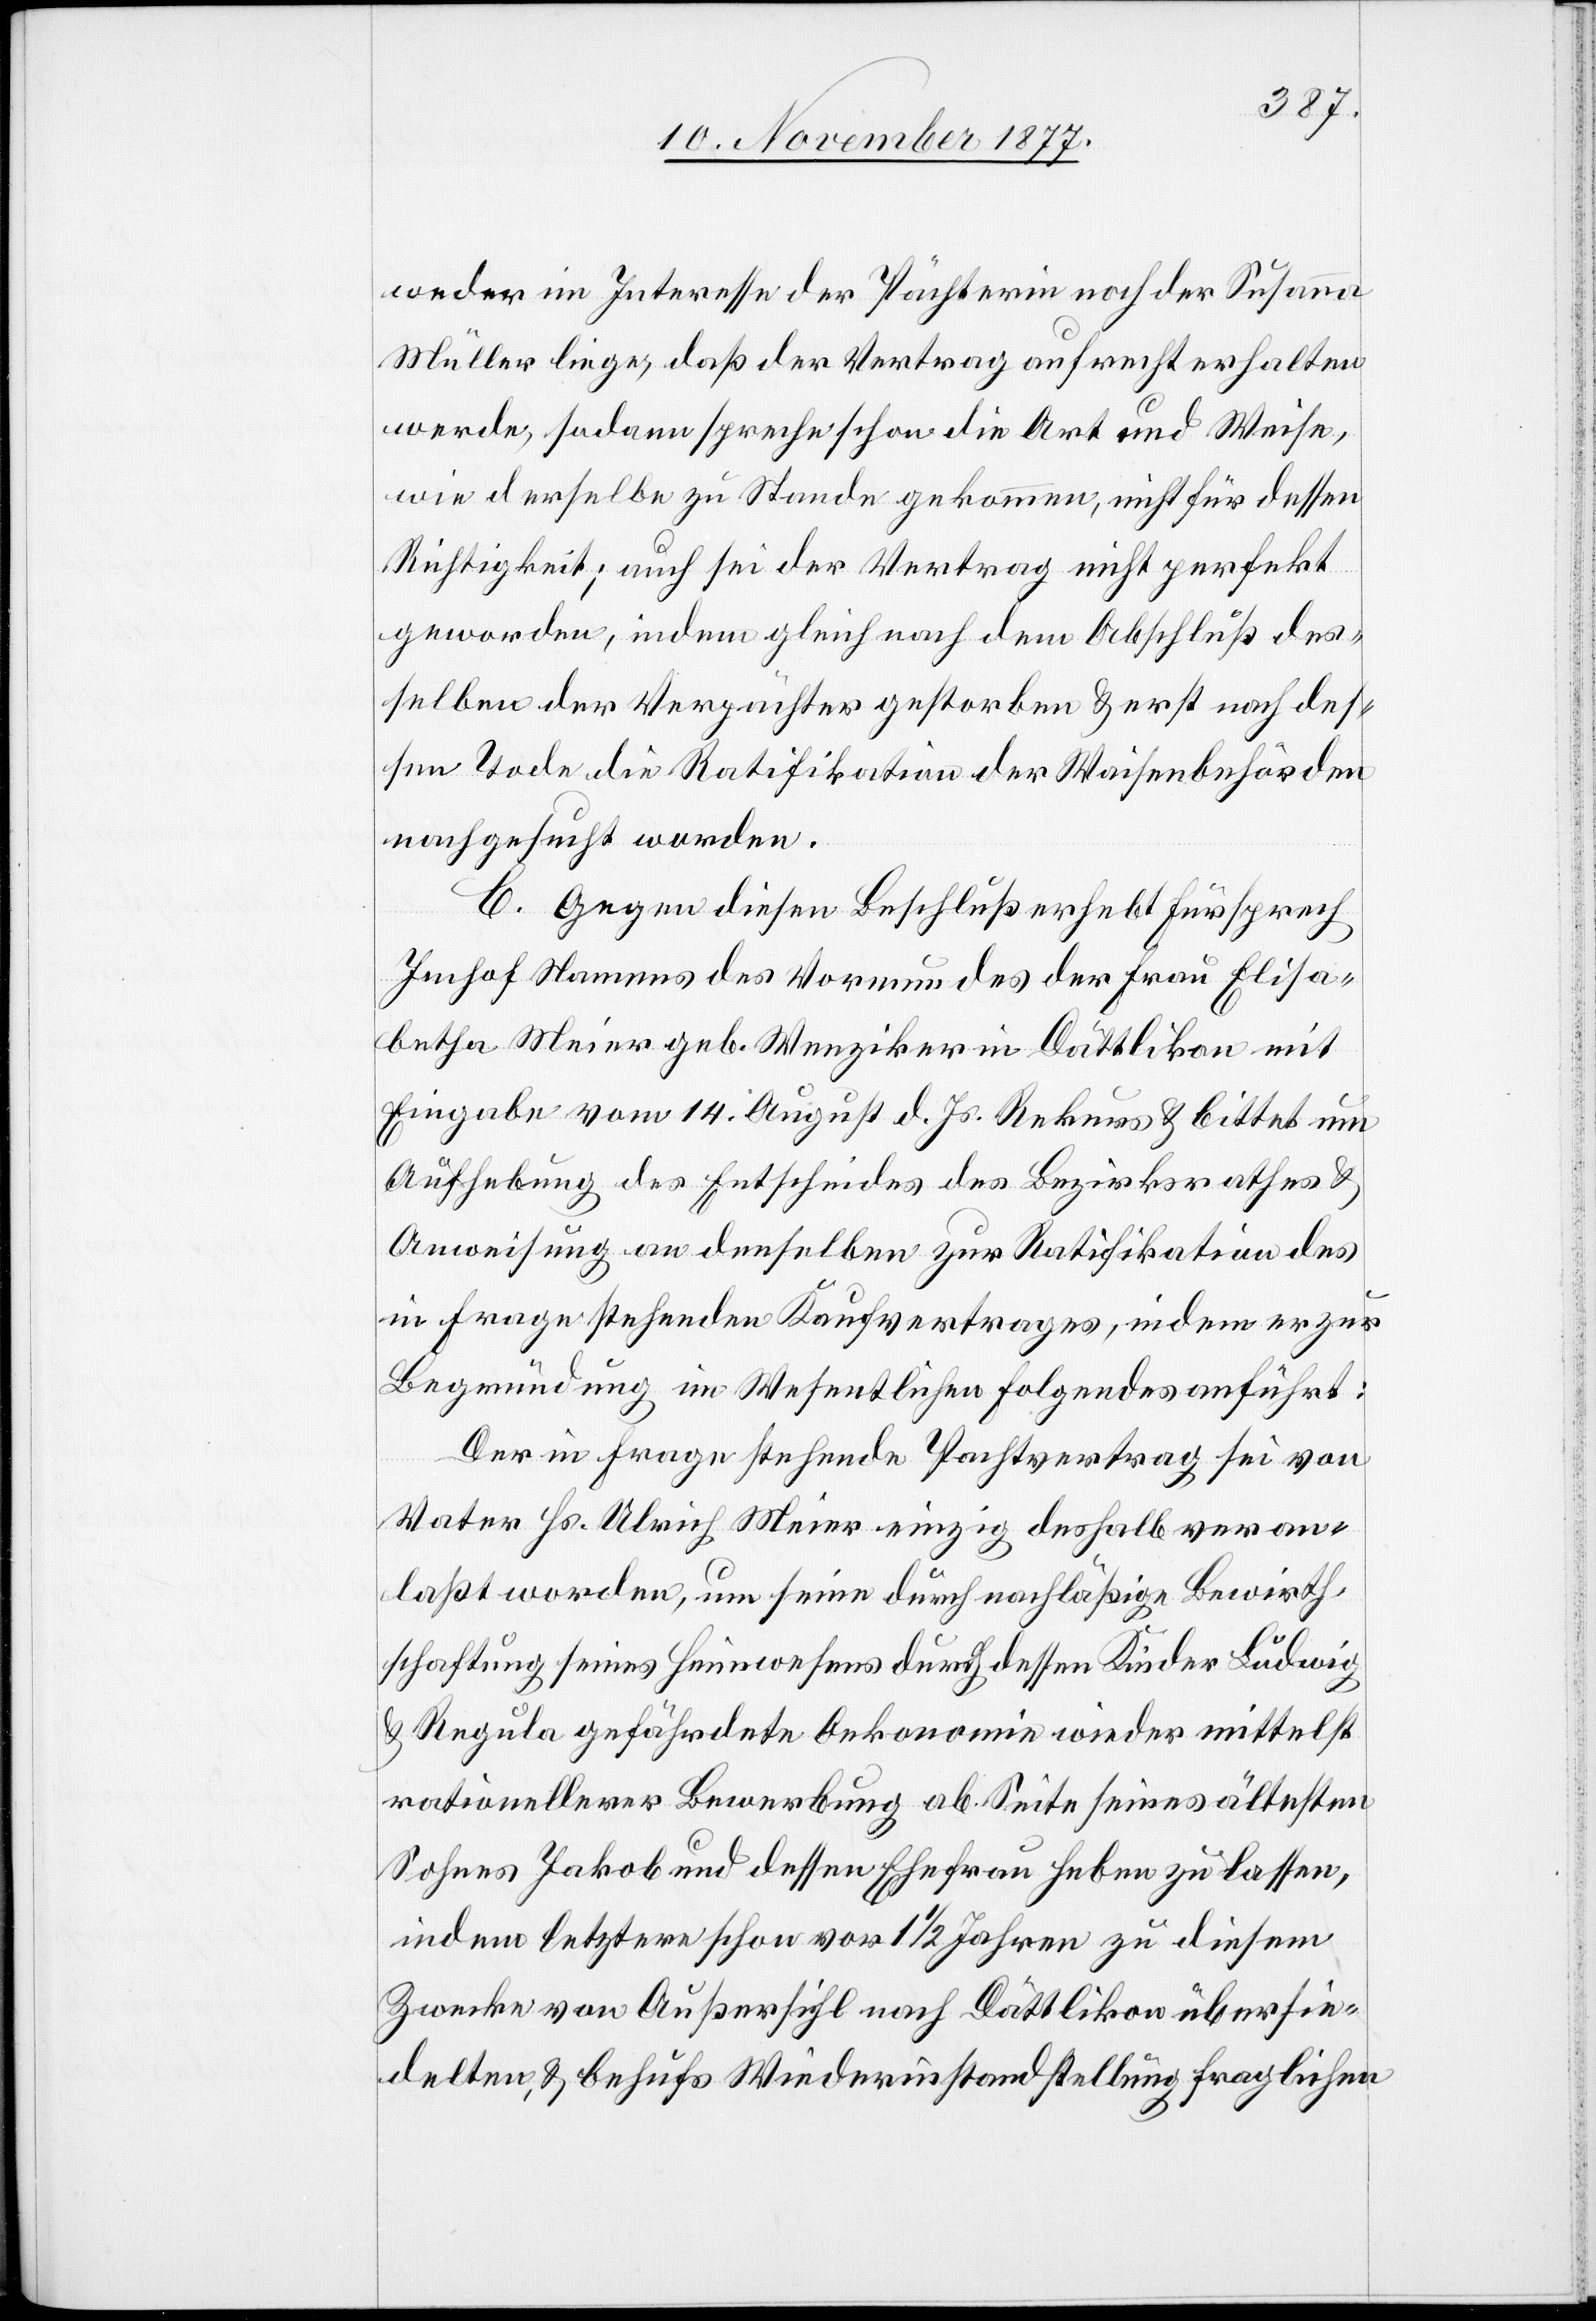
weder im Interesse der Pächterin noch der Susanna
Müller liege, daß der Vertrag aufrecht erhalten
werde, sodann spreche schon die Art und Weise,
wie derselbe zu Stande gekommen, nicht für dessen
Richtigkeit; auch sei der Vertrag nicht perfekt
geworden, indem gleich nach dem Abschluß des¬
selben der Verpächter gestorben & erst nach des¬
sen Tode die Ratifikation der Waisenbehörden
nachgesucht worden.
C. Gegen diesen Beschluß erhebt Fürsprech
Imhof Namens des Vormundes der Frau Elisa¬
betha Meier geb. Wenziker in Dättlikon mit
Eingabe vom 14. August d. Js. Rekurs & bittet um
Aufhebung des Entscheides des Bezirksrathes &
Anweisung an denselben zur Ratifikation des
in Frage stehenden Kaufvertrages, indem er zur
Begründung im Wesentlichen Folgendes anführt:
Der in Frage stehende Pachtvertrag sei von
Vater Hs. Ulrich Meier einzig deshalb veran¬
laßt worden, um seine durch nachläßige Bewirth¬
schaftung seines Heimwesens durch dessen Kinder Ludwig
& Regula gefährdete Oekonomie wieder mittelst
rationellerer Bewerbung ab Seite seines ältesten
Sohnes Jakob und dessen Ehefrau heben zu lassen,
indem letztere schon vor 1 1/2 Jahren zu diesem
Zwecke von Außersihl nach Dättlikon übersie¬
delten, & behufs Wiederinstandstellung fraglichen